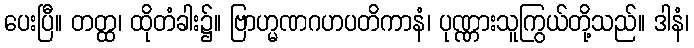
ပေးပြီ။ တတ္ထ၊ ထိုတံခါး၌။ ဗြာဟ္မဏဂဟပတိကာနံ၊ ပုဏ္ဏားသူကြွယ်တို့သည်။ ဒါနံ၊